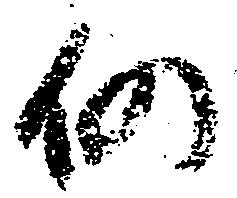
仍